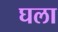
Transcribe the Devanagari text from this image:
घला